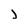
Character: j